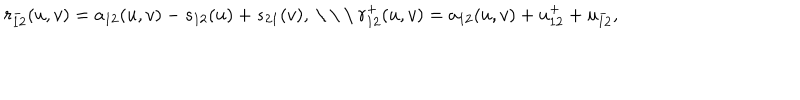
r _ { 1 2 } ^ { - } ( u , v ) = a _ { 1 2 } ( u , v ) - s _ { 1 2 } ( u ) + s _ { 2 1 } ( v ) , \mathrm { ~ \ \ \ } r _ { 1 2 } ^ { + } ( u , v ) = a _ { 1 2 } ( u , v ) + u _ { 1 2 } ^ { + } + u _ { 1 2 } ^ { - } ,